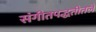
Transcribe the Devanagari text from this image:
संगीतपद्धतीतले